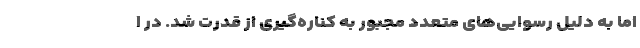
اما به دلیل رسوایی‌های متعدد مجبور به کناره‌گیری از قدرت شد. در ا